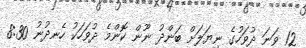
12 ވަނަ ދުވަހުގެ ނިޔަަލަށް ބަންދު ނޫން ކޮންމެ ދުވަހަކު ހެނދުނު 8:30